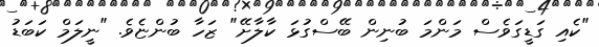
"ކެއި ގަޑީގަވެސް މަންމަ ބުނިން ބޭސްގުޅަ ކާލާށޭ" ޒަހާ ބުންޏެވެ. "ނީލަމް ކަބަޑު